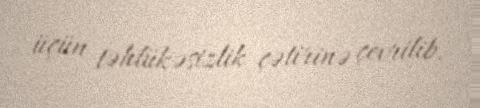
üçün təhlükəsizlik çətirinə çevrilib.